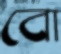
বো